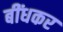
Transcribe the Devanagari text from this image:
बींधकर